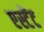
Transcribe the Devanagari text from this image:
एस्टेंट